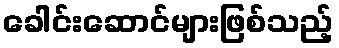
ခေါင်းဆောင်များဖြစ်သည့်